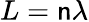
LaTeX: L=\mathsf{n}\lambda